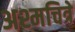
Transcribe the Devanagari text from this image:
अश्मचित्रे